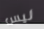
ليس